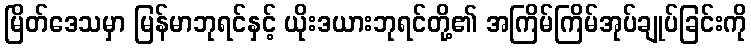
မြိတ်ဒေသမှာ မြန်မာဘုရင်နှင့် ယိုးဒယားဘုရင်တို့၏ အကြိမ်ကြိမ်အုပ်ချုပ်ခြင်းကို